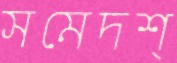
সমেদশ্